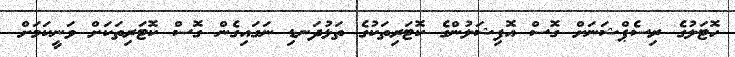
ހޮޓަލުގެ ރިސެޕްޝަނަށް ގޮސް އޮފިޝަލުންގެ ކޮޓަރިތަކުގެ ތަޅުދަނޑި ނަގައިގެން ގޮސް ކޮޓަރިތަކަށް ވަނީކަމަށް